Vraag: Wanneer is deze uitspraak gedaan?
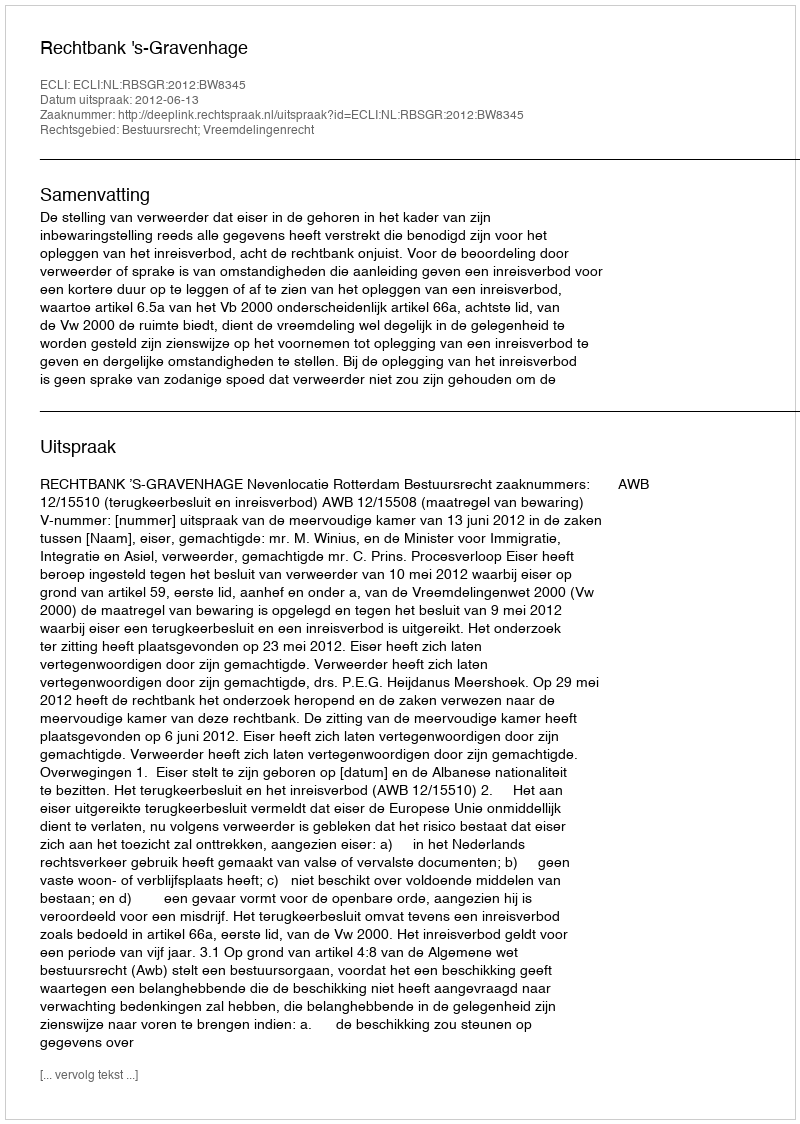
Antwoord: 2012-06-13